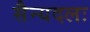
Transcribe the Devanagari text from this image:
सैन्यदलः